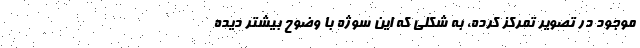
موجود در تصویر تمرکز کرده، به شکلی که این سوژه با وضوح بیشتر دیده